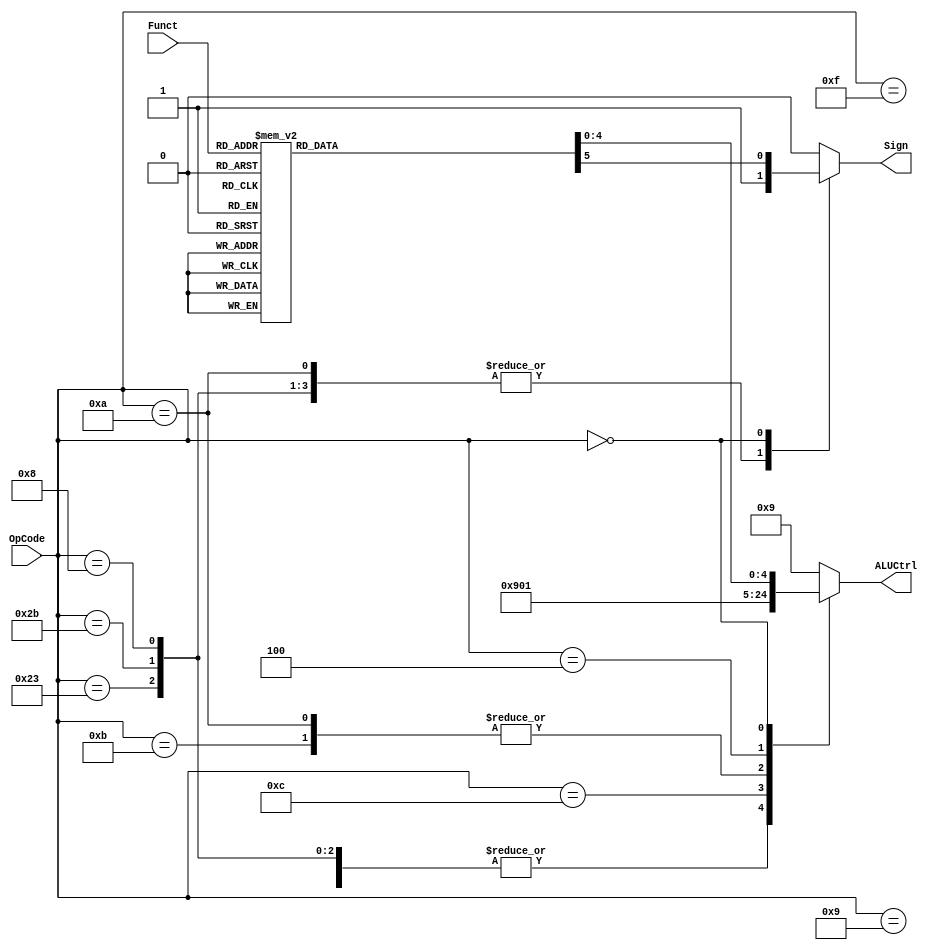
module ALUControl(
        input [5:0] OpCode,
        input [5:0] Funct,
        output reg [4:0] ALUCtrl,
        output reg Sign
    );

    parameter ADD = 5'd0;
    parameter SUB = 5'd1;
    parameter AND = 5'd2;
    parameter OR = 5'd3;
    parameter XOR = 5'd4;
    parameter NOR = 5'd5;
    parameter SL = 5'd6;
    parameter SR = 5'd7;
    parameter COMP = 5'd8;
    parameter DC = 5'd9;   // Don't care

    initial begin
        ALUCtrl <= 5'b0;
        Sign <= 1'b0;
    end


    always@*
        begin
            case(OpCode)
                6'h23: begin
                    // lw
                    ALUCtrl <= ADD;
                    Sign <= 1'b1;
                end
                6'h2b: begin
                    // sw
                    ALUCtrl <= ADD;
                    Sign <= 1'b1;
                end
                6'h0f: begin
                    // lui
                    ALUCtrl <= ADD;
                    Sign <= 1'b0;
                end
                6'h08: begin
                    // addi
                    ALUCtrl <= ADD;
                    Sign <= 1'b1;
                end
                6'h09: begin
                    // addiu
                    ALUCtrl <= ADD;
                    Sign <= 1'b0;
                end
                6'h0c: begin
                    // andi
                    ALUCtrl <= AND;
                    Sign <= 1'b0;
                end
                6'h0a: begin
                    // slti
                    ALUCtrl <= COMP;
                    Sign <= 1'b1;
                end
                6'h0b: begin
                    // sltiu
                    ALUCtrl <= COMP;
                    Sign <= 1'b0;
                end
                6'h04: begin
                    // beq
                    ALUCtrl <= SUB;
                    Sign <= 1'b0;   // Don't care
                end
                6'h00: begin
                    case(Funct)
                        6'h20: begin
                            // add
                            ALUCtrl <= ADD;
                            Sign <= 1'b1;
                        end
                        6'h21: begin
                            // addu
                            ALUCtrl <= ADD;
                            Sign <= 1'b0;
                        end
                        6'h22: begin
                            // sub
                            ALUCtrl <= SUB;
                            Sign <= 1'b1;
                        end
                        6'h23: begin
                            // subu
                            ALUCtrl <= SUB;
                            Sign <= 1'b0;
                        end
                        6'h24: begin
                            // and
                            ALUCtrl <= AND;
                            Sign <= 1'b0;
                        end
                        6'h25: begin
                            // or
                            ALUCtrl <= OR;
                            Sign <= 1'b0;
                        end
                        6'h26: begin
                            // xor
                            ALUCtrl <= XOR;
                            Sign <= 1'b0;
                        end
                        6'h27: begin
                            // nor
                            ALUCtrl <= NOR;
                            Sign <= 1'b0;
                        end
                        6'h00: begin
                            // sll
                            ALUCtrl <= SL;
                            Sign <= 1'b0;
                        end
                        6'h02: begin
                            // srl
                            ALUCtrl <= SR;
                            Sign <= 1'b0;
                        end
                        6'h03: begin
                            // sra
                            ALUCtrl <= SR;
                            Sign <= 1'b1;
                        end
                        6'h2a: begin
                            // slt
                            ALUCtrl <= COMP;
                            Sign <= 1'b1;
                        end
                        6'h2b: begin
                            // sltu
                            ALUCtrl <= COMP;
                            Sign <= 1'b0;
                        end
                        default: begin
                            ALUCtrl <= DC;
                            Sign <= 1'b0;
                        end
                    endcase
                end
                default: begin
                    ALUCtrl <= DC;
                    Sign <= 1'b0;
                end
            endcase
        end


endmodule